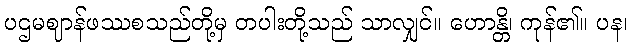
ပဌမဈာန်ဖဿစသည်တို့မှ တပါးတို့သည် သာလျှင်။ ဟောန္တိ၊ ကုန်၏။ ပန၊